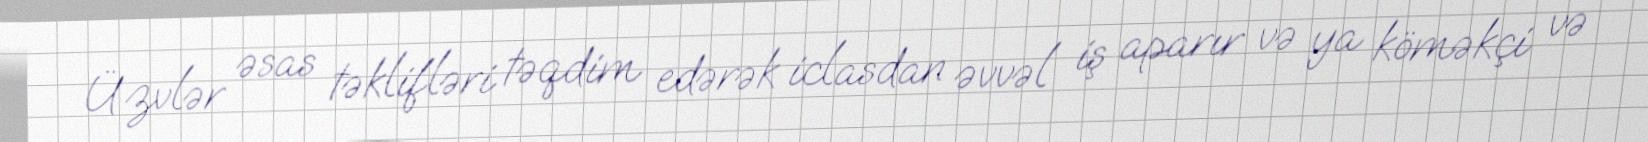
Üzvlər əsas təklifləri təqdim edərək iclasdan əvvəl iş aparır və ya köməkçi və